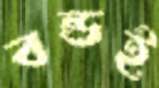
বন্ডই